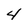
Character: 4